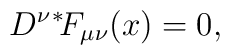
D^\nu {}^*\!F_{\mu\nu}(x) = 0,